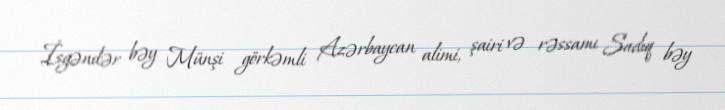
İsgəndər bəy Münşi görkəmli Azərbaycan alimi, şairi və rəssamı Sadıq bəy